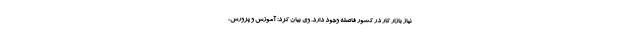
نیاز بازار کار در کشور فاصله وجود دارد. وی بیان کرد: آموزش و پرورش،